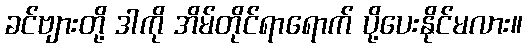
ခင်ဗျားတို့ ဒါကို အိမ်တိုင်ရာရောက် ပို့ပေးနိုင်မလား။